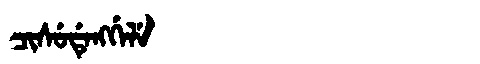
Manchu: ᠴᡳᠰᡠᡩᡝᠩᡤᡝᠯᡝ
Romanization: CISUDENGGELE